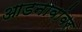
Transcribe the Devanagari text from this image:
आडनावांवर